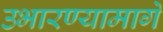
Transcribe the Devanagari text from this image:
उभारण्यामागे